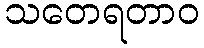
သတေရတာဝ